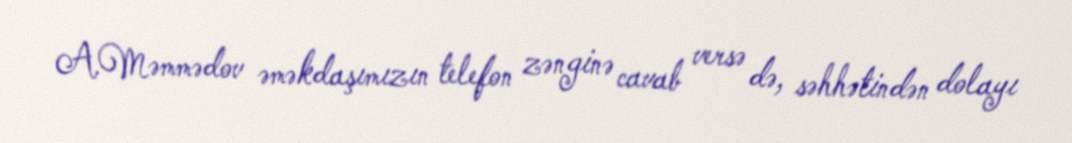
A.Məmmədov əməkdaşımızın telefon zənginə cavab versə də, səhhətindən dolayı